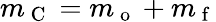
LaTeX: m_{\mathrm{~C~}}=m_{\mathrm{~o~}}+m_{\mathrm{~f~}}